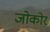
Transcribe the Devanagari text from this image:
जोकोर